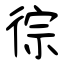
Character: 徖